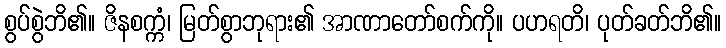
စွပ်စွဲဘိ၏။ ဇိနစက္ကံ၊ မြတ်စွာဘုရား၏ အာဏာတော်စက်ကို။ ပဟရတိ၊ ပုတ်ခတ်ဘိ၏။